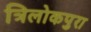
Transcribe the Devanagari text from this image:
त्रिलोकपुरा